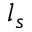
l _ { s }